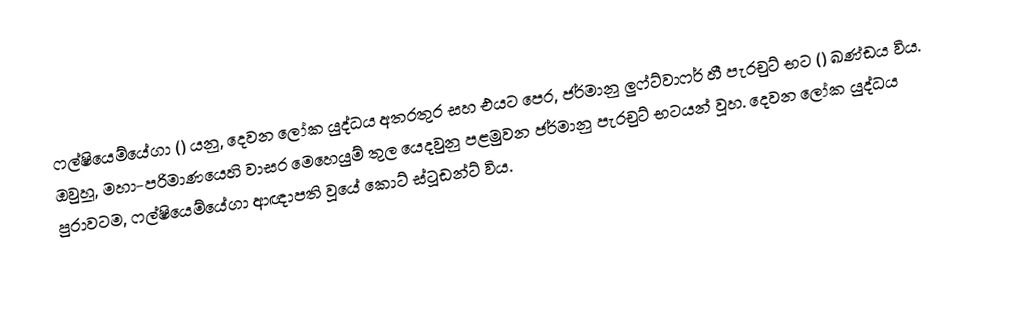
ෆල්ෂියෙම්යේගා () යනු,  දෙවන ලෝක යුද්ධය අතරතුර සහ එයට පෙර, ජර්මානු ලුෆ්ට්වාෆර් හී පැරචුට් භට ()  ඛණ්ඩය විය. ඔවුහූ, මහා-පරිමාණයෙහි වාසර මෙහෙයුම් තුල යෙදවුනු පළමුවන ජර්මානු පැරචුට් භටයන් වූහ. දෙවන ලෝක යුද්ධය පුරාවටම, ෆල්ෂියෙම්යේගා ආඥාපති වූයේ කොට් ස්ටූඩන්ට් විය.